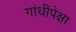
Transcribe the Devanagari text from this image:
गांधींपेक्षा